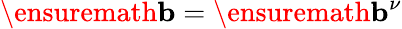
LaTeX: \ensuremath{\mathbf{b}}=\ensuremath{\mathbf{b}}^{\nu}